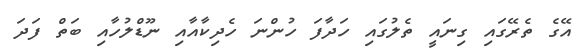
އޭގެ ތެރޭގައި ގިނައީ ތެލުގައި ހަދާފަ ހުންނަ ހެދިކާއާއި ނޫޑްލުހާއި ބަތް ފަދަ